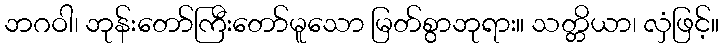
ဘဂဝါ၊ ဘုန်းတော်ကြီးတော်မူသော မြတ်စွာဘုရား။ သတ္တိယာ၊ လှံဖြင့်။